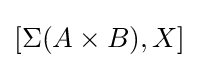
[\Sigma (A\times B),X]